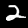
Label: 2